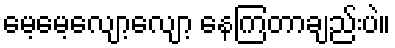
မေ့မေ့လျော့လျော့ နေကြတာချည်းပဲ။